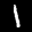
Label: 1